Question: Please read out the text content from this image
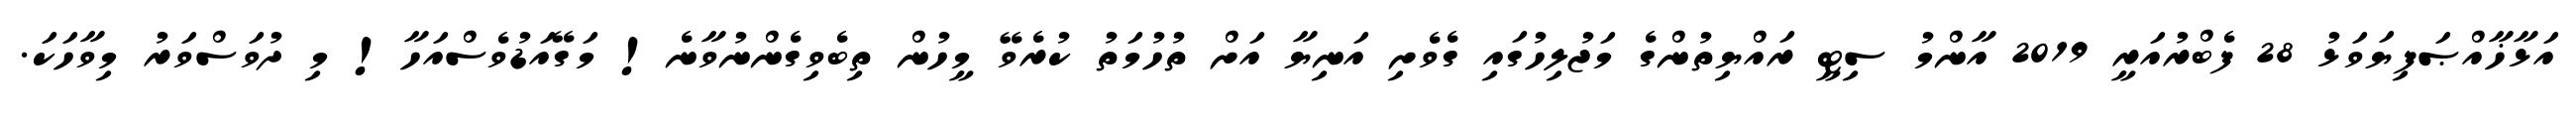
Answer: އަޅާޚާއްޞަފިޔަވަޅު 28 ފެބްރުއަރީ 2019 އާންމު ސިޓީ ރައްޔިތުންގެ މަޖުލިހުގައި ގެވެށި އަނިޔާ އަށް ތުހުމަތު ކުރެވޭ މީހުން ތިބެވިގެންނުވާނެ! މަގޭއަޑުވެސްއަހާ! މި ދުވަސްވަރު މިވާހަކަ.